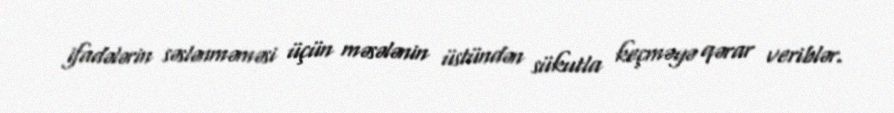
ifadələrin səslənməməsi üçün məsələnin üstündən sükutla keçməyə qərar veriblər.